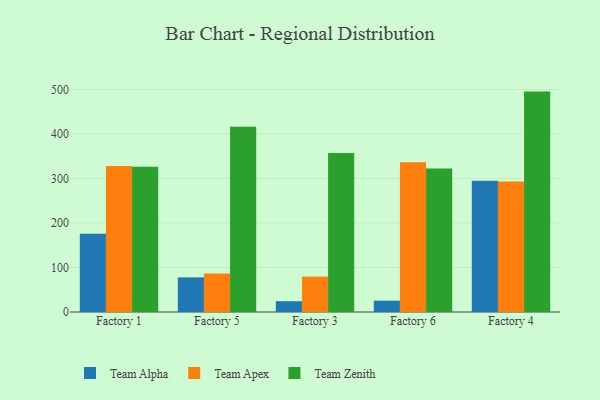
{"axis": {"x": "Factory", "y": "Website Visitors"}, "legend": ["Team Alpha", "Team Apex", "Team Zenith"], "data": [{"x": "Factory 1", "y": 175.9, "type": "Team Alpha"}, {"x": "Factory 1", "y": 328.1, "type": "Team Apex"}, {"x": "Factory 1", "y": 326.5, "type": "Team Zenith"}, {"x": "Factory 5", "y": 77.8, "type": "Team Alpha"}, {"x": "Factory 5", "y": 86.3, "type": "Team Apex"}, {"x": "Factory 5", "y": 416.3, "type": "Team Zenith"}, {"x": "Factory 3", "y": 24.2, "type": "Team Alpha"}, {"x": "Factory 3", "y": 79.5, "type": "Team Apex"}, {"x": "Factory 3", "y": 357.3, "type": "Team Zenith"}, {"x": "Factory 6", "y": 25.5, "type": "Team Alpha"}, {"x": "Factory 6", "y": 336.7, "type": "Team Apex"}, {"x": "Factory 6", "y": 322.7, "type": "Team Zenith"}, {"x": "Factory 4", "y": 294.8, "type": "Team Alpha"}, {"x": "Factory 4", "y": 293.3, "type": "Team Apex"}, {"x": "Factory 4", "y": 495.2, "type": "Team Zenith"}]}